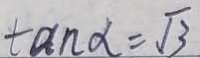
\tan \alpha = \sqrt { 3 }